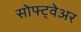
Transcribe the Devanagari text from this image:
सोफ्ट्वेअर